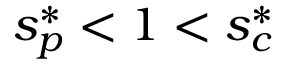
s _ { p } ^ { * } < 1 < s _ { c } ^ { * }